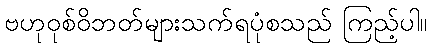
ဗဟုဝုစ်ဝိဘတ်များသက်ရပုံစသည် ကြည့်ပါ။